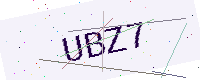
Text: UBZ7